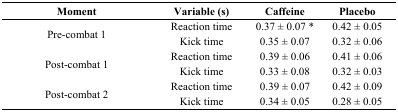
| Moment | Variable (s) | Caffeine | Placebo |
 | --- | --- | --- | --- |
 | <ROWSPAN=2> Pre-combat 1 | Reaction time | 0.37 ± 0.07 * | 0.42 ± 0.05 |
 | Kick time | 0.35 ± 0.07 | 0.32 ± 0.06 |
 | <ROWSPAN=2> Post-combat 1 | Reaction time | 0.39 ± 0.06 | 0.41 ± 0.06 |
 | Kick time | 0.33 ± 0.08 | 0.32 ± 0.03 |
 | <ROWSPAN=2> Post-combat 2 | Reaction time | 0.39 ± 0.07 | 0.42 ± 0.09 |
 | Kick time | 0.34 ± 0.05 | 0.28 ± 0.05 |